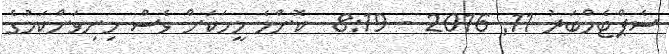
ސެޕްޓެމްބަރު 11